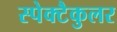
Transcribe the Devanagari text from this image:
स्पेक्टैकुलर